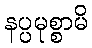
နပ္ပမုစ္စာမိ